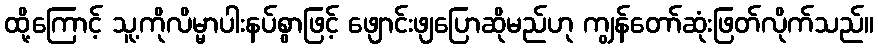
ထို့ကြောင့် သူ့ကိုလိမ္မာပါးနပ်စွာဖြင့် ဖျောင်းဖျပြောဆိုမည်ဟု ကျွန်တော်ဆုံးဖြတ်လိုက်သည်။